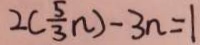
2 ( \frac { 5 } { 3 } n ) - 3 n = 1